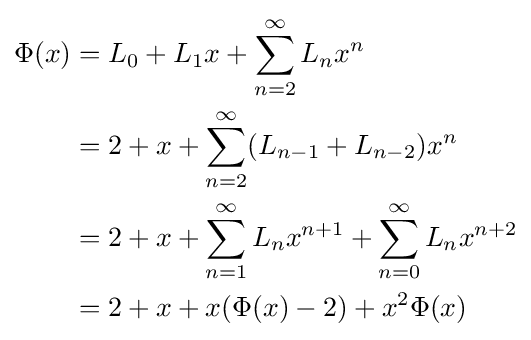
{\begin{aligned}\Phi (x)&=L_{0}+L_{1}x+\sum _{n=2}^{\infty }L_{n}x^{n}\\&=2+x+\sum _{n=2}^{\infty }(L_{n-1}+L_{n-2})x^{n}\\&=2+x+\sum _{n=1}^{\infty }L_{n}x^{n+1}+\sum _{n=0}^{\infty }L_{n}x^{n+2}\\&=2+x+x(\Phi (x)-2)+x^{2}\Phi (x)\end{aligned}}